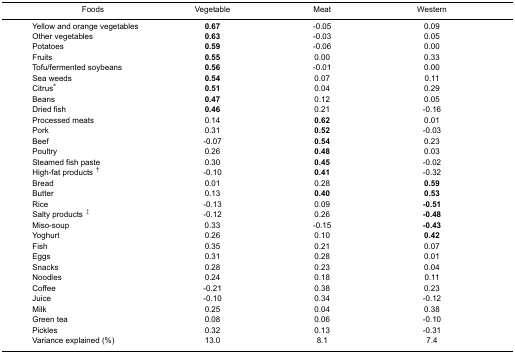
| Foods | Vegetable | Meat | Western |
 | --- | --- | --- | --- |
 | Yellow and orange vegetables | 0.67 | -0.05 | 0.09 |
 | Other vegetables | 0.63 | -0.03 | 0.05 |
 | Potatoes | 0.59 | -0.06 | 0.00 |
 | Fruits | 0.55 | 0.00 | 0.33 |
 | Tofu/fermented soybeans | 0.56 | -0.01 | 0.00 |
 | Sea weeds | 0.54 | 0.07 | 0.11 |
 | Citrus* | 0.51 | 0.04 | 0.29 |
 | Beans | 0.47 | 0.12 | 0.05 |
 | Dried fish | 0.46 | 0.21 | -0.16 |
 | Processed meats | 0.14 | 0.62 | 0.01 |
 | Pork | 0.31 | 0.52 | -0.03 |
 | Beef | -0.07 | 0.54 | 0.23 |
 | Poultry | 0.26 | 0.48 | 0.03 |
 | Steamed fish paste | 0.30 | 0.45 | -0.02 |
 | High-fat products † | -0.10 | 0.41 | -0.32 |
 | Bread | 0.01 | 0.28 | 0.59 |
 | Butter | 0.13 | 0.40 | 0.53 |
 | Rice | -0.13 | 0.09 | -0.51 |
 | Salty products ‡ | -0.12 | 0.26 | -0.48 |
 | Miso-soup | 0.33 | -0.15 | -0.43 |
 | Yoghurt | 0.26 | 0.10 | 0.42 |
 | Fish | 0.35 | 0.21 | 0.07 |
 | Eggs | 0.31 | 0.28 | 0.01 |
 | Snacks | 0.28 | 0.23 | 0.04 |
 | Noodles | 0.24 | 0.18 | 0.11 |
 | Coffee | -0.21 | 0.38 | 0.23 |
 | Juice | -0.10 | 0.34 | -0.12 |
 | Milk | 0.25 | 0.04 | 0.38 |
 | Green tea | 0.08 | 0.06 | -0.10 |
 | Pickles | 0.32 | 0.13 | -0.31 |
 | Variance explained (%) | 13.0 | 8.1 | 7.4 |